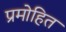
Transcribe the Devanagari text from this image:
प्रमोहित